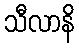
သီလာနိ